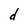
Character: d